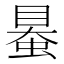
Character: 𧌪